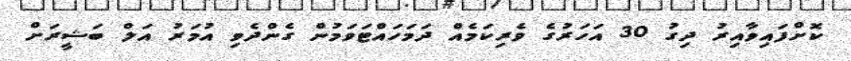
ކޮށްފައިވާއިރު ދިގު 30 އަހަރުގެ ވެރިކަމެއް ދަމަހައްޓަވަމުން ގެންދެވި އުމަރު އަލް ބަޝީރަށް